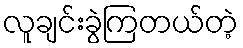
လူချင်းခွဲကြတယ်တဲ့